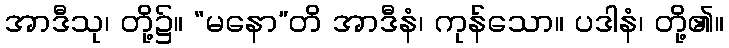
အာဒီသု၊ တို့၌။ “မနော”တိ အာဒီနံ၊ ကုန်သော။ ပဒါနံ၊ တို့၏။